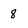
Character: 8